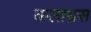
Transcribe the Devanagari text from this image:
कलाभ्रस